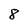
Character: 8